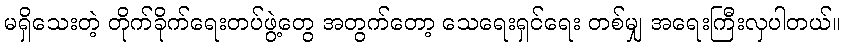
မရှိသေးတဲ့ တိုက်ခိုက်ရေးတပ်ဖွဲ့တွေ အတွက်တော့ သေရေးရှင်ရေး တစ်မျှ အရေးကြီးလှပါတယ်။